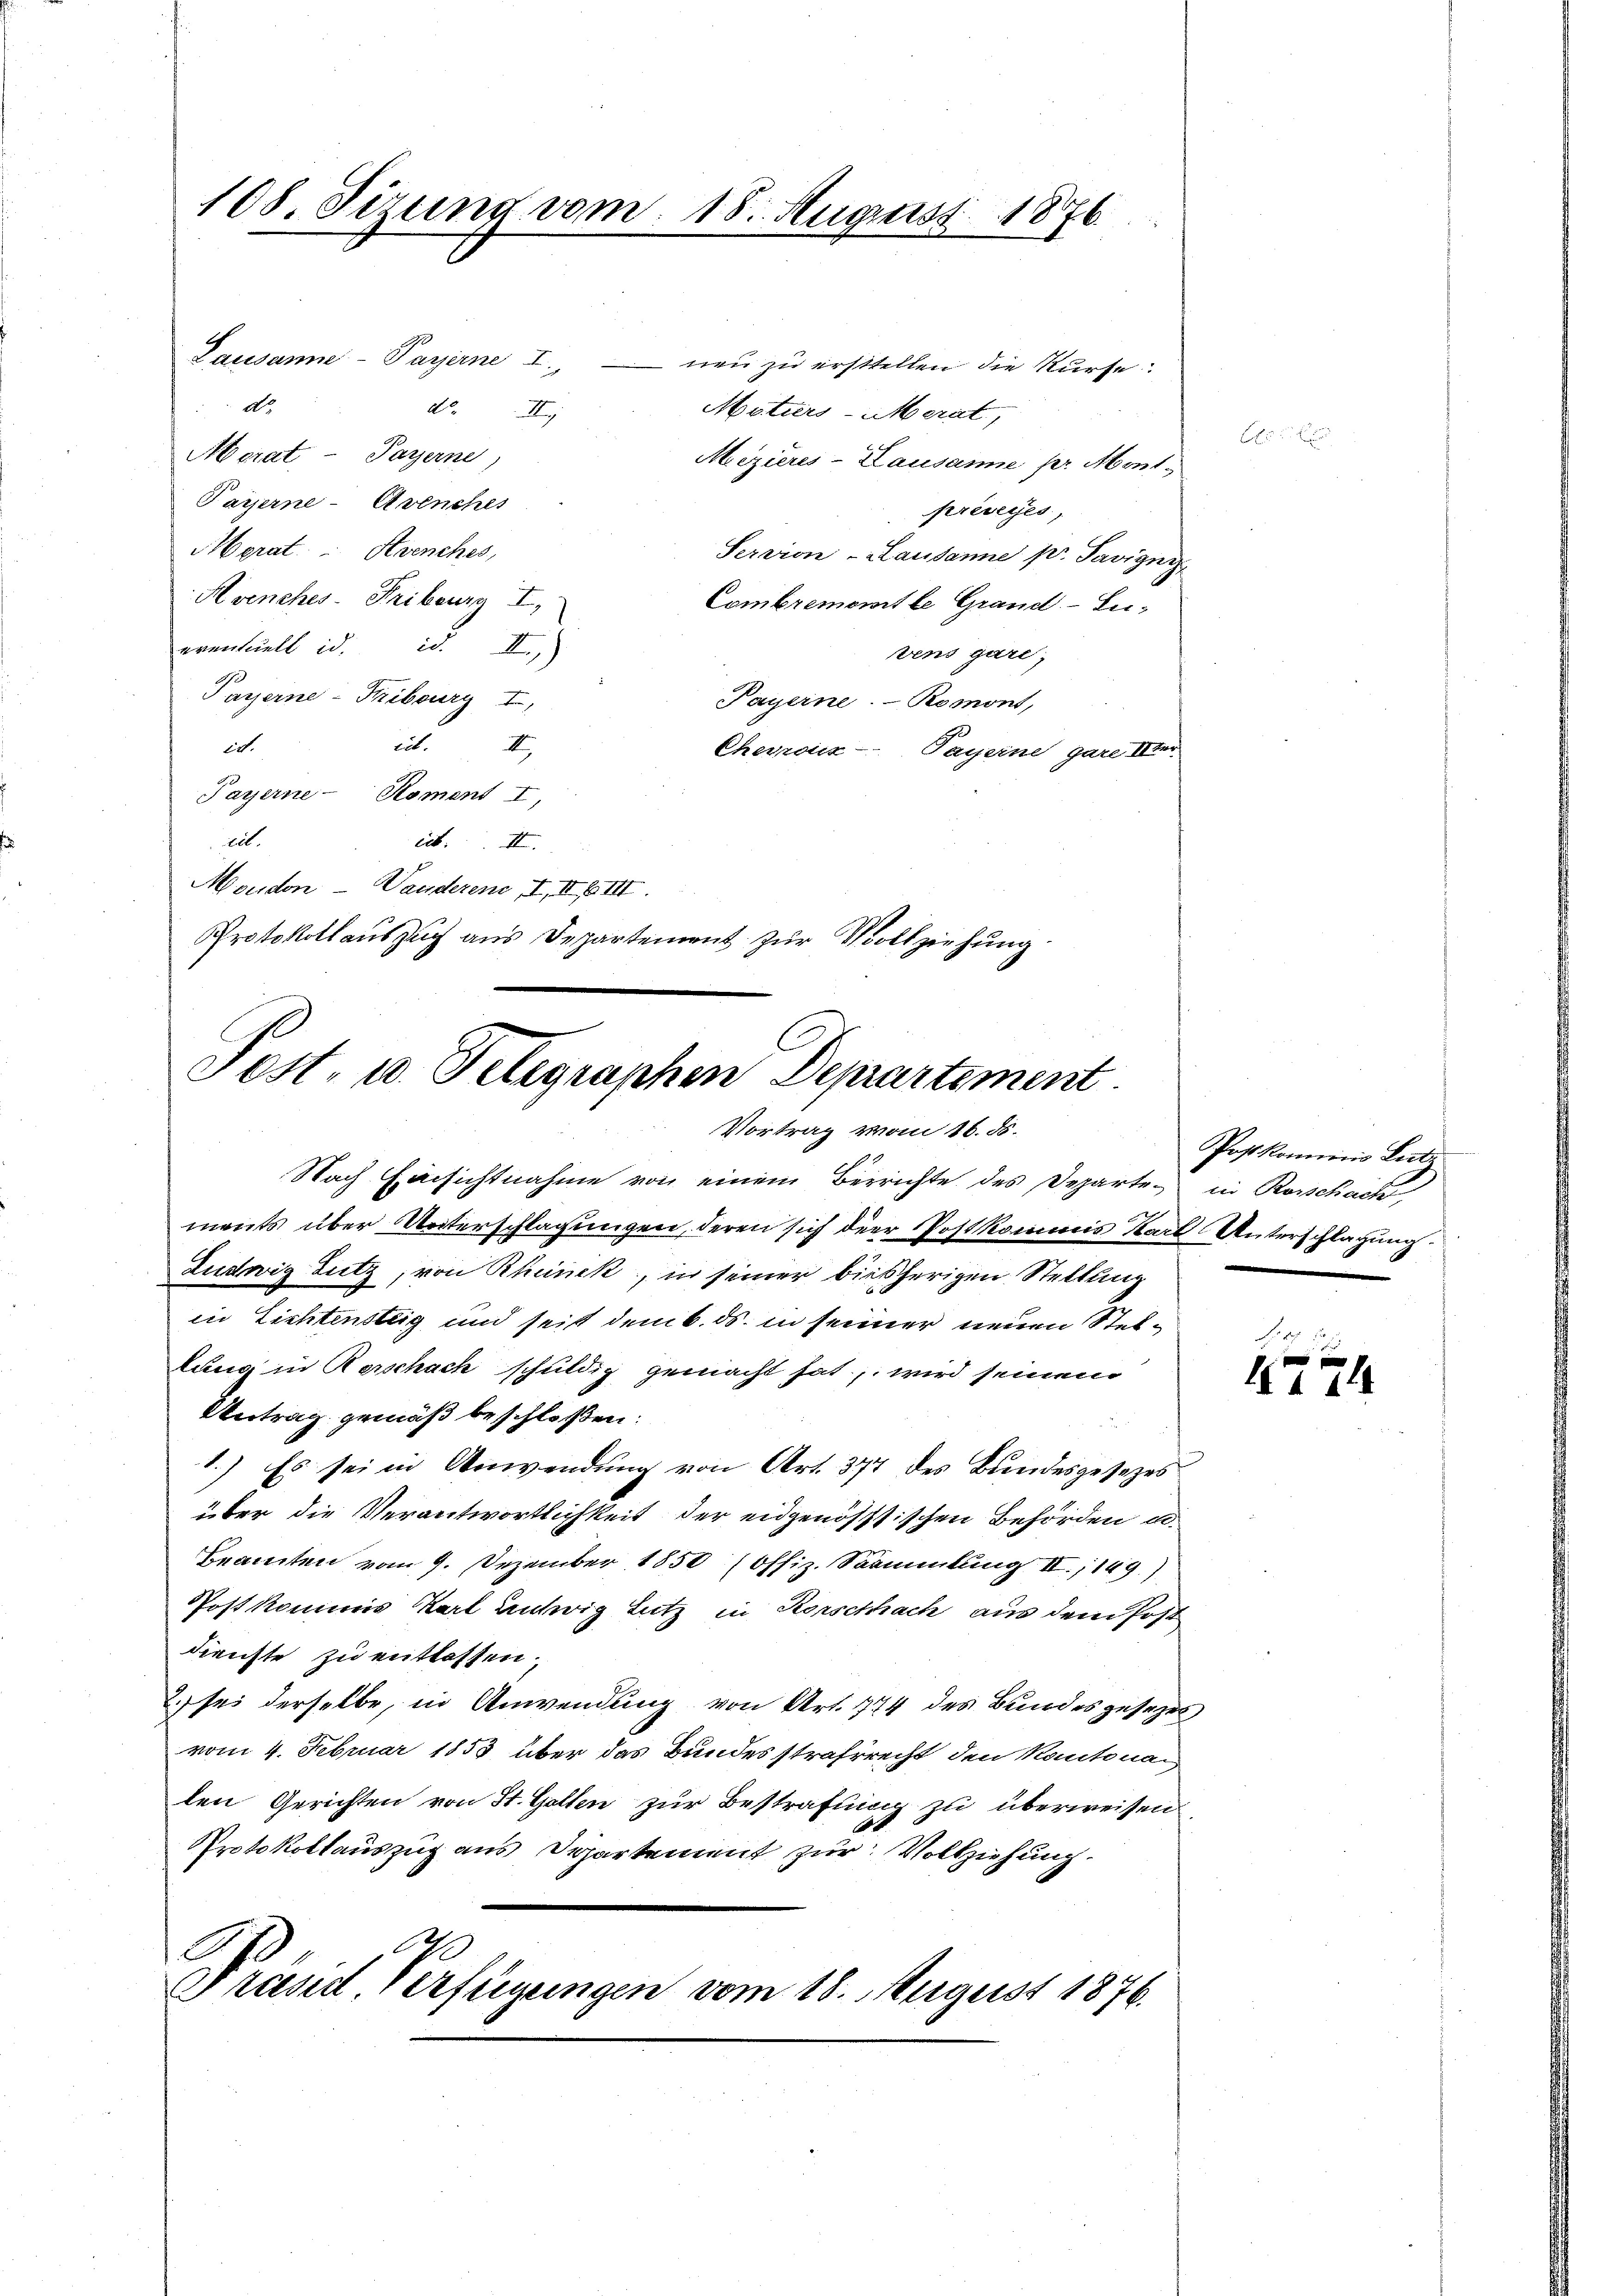
108. Sizung vom 18. August 1876.

Lausanne-Payerne I
 neu zu erstellen die Kurse.
dto.
d.II.
Maturs-Merat,
Morat - Payerne,
Mizieres-Lausanne pr. Mont.
Payerne-Avenches
préveyes,
Morat Strenches,
Serrion-Lausanne pr. Savigny
Avenches-Friburg I.
Combremomit le Grand-Lu¬
eventuell d. d. II.,
vens gare,
Payerne-Fribourg I
Payerne. - Romont,
id. II,
in.
Cheroix- Payerne, gare Ver-
Payerne-Roment I,
cit. b. II.
Moudon - Wanderend II, II. III.
Protokoll auszug aus Departement zur Vollziehung.

Post- u. Telegraphen Departement
Vortrag von 16. ds.
Nach Einsichtnahme von einem Berrichte des Departe, in Rorschach
ments über Unterschlagungen, deren sich der Postkommis Karl Unterschlagung

Ludwig Lutz, von Rheinek, in seiner bisherigen Stellung
in Zichtensteig und seit dem 6. ds. in seiner neuen Stellung in Kerschach schuldig gemacht hat, wird seinem
Antrag gemäß beschloßen:
1.) Es sei in Anwendung von Art. 377 des Bundesgesezes
über die Verantwortlichkeit der eidgenössischen Behörden u.
Beamten vom 9. Dezember 1850 (Offiz. Sammlung II., 149.)
Post kommis Karl untwig Lutz in Rorschach aus dem Post
dienste zu entlassen.
2. sei derselbe, in Anwendung von Art. 774 des Bundesgesezes
vom 4. Februar 1853 über das Bundesstrafrecht den Kantonaten Gerichten von St. Gallen zur Bestrafung zu überweisen
Protokollauszug aus Departement zur Vollziehung.

.
e
Frasd Verfügungen vom 18. August 1876.

Postkommis Letz

14 15 x
e
1414